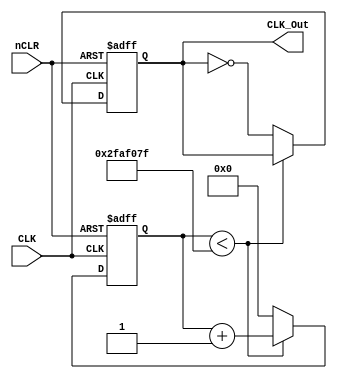
`timescale 1ns / 1ps
//////////////////////////////////////////////////////////////////////////////////
// Company: 
// Engineer: 
// 
// Design Name: 
// Module Name:    Divider 
// Project Name: 
// Target Devices: 
// Tool versions: 
// Description: 
//
// Dependencies: 
//
// Revision: 
// Revision 0.01 - File Created
// Additional Comments: 
//
//////////////////////////////////////////////////////////////////////////////////
module Divider(CLK,nCLR,CLK_Out
    );
 parameter N=25;
 parameter CLK_Freq=100000000;
 parameter Out_Freq=1;
 input nCLR,CLK;
 output reg CLK_Out;
 reg[N-1:0] Count_DIV;
 
 always@(posedge CLK or negedge nCLR)
 begin
   if(!nCLR)
	  begin 
	    CLK_Out<=0; Count_DIV<=0; 
	  end
	else
	  begin 
	    if(Count_DIV<(CLK_Freq/(2*Out_Freq)-1))
	      Count_DIV<=Count_DIV+1'b1;
	    else 
	      begin
			  Count_DIV<=0;
			  CLK_Out<=~CLK_Out;
			end
		end
 end
 
endmodule